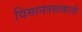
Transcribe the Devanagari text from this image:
विमानतळाकरवी